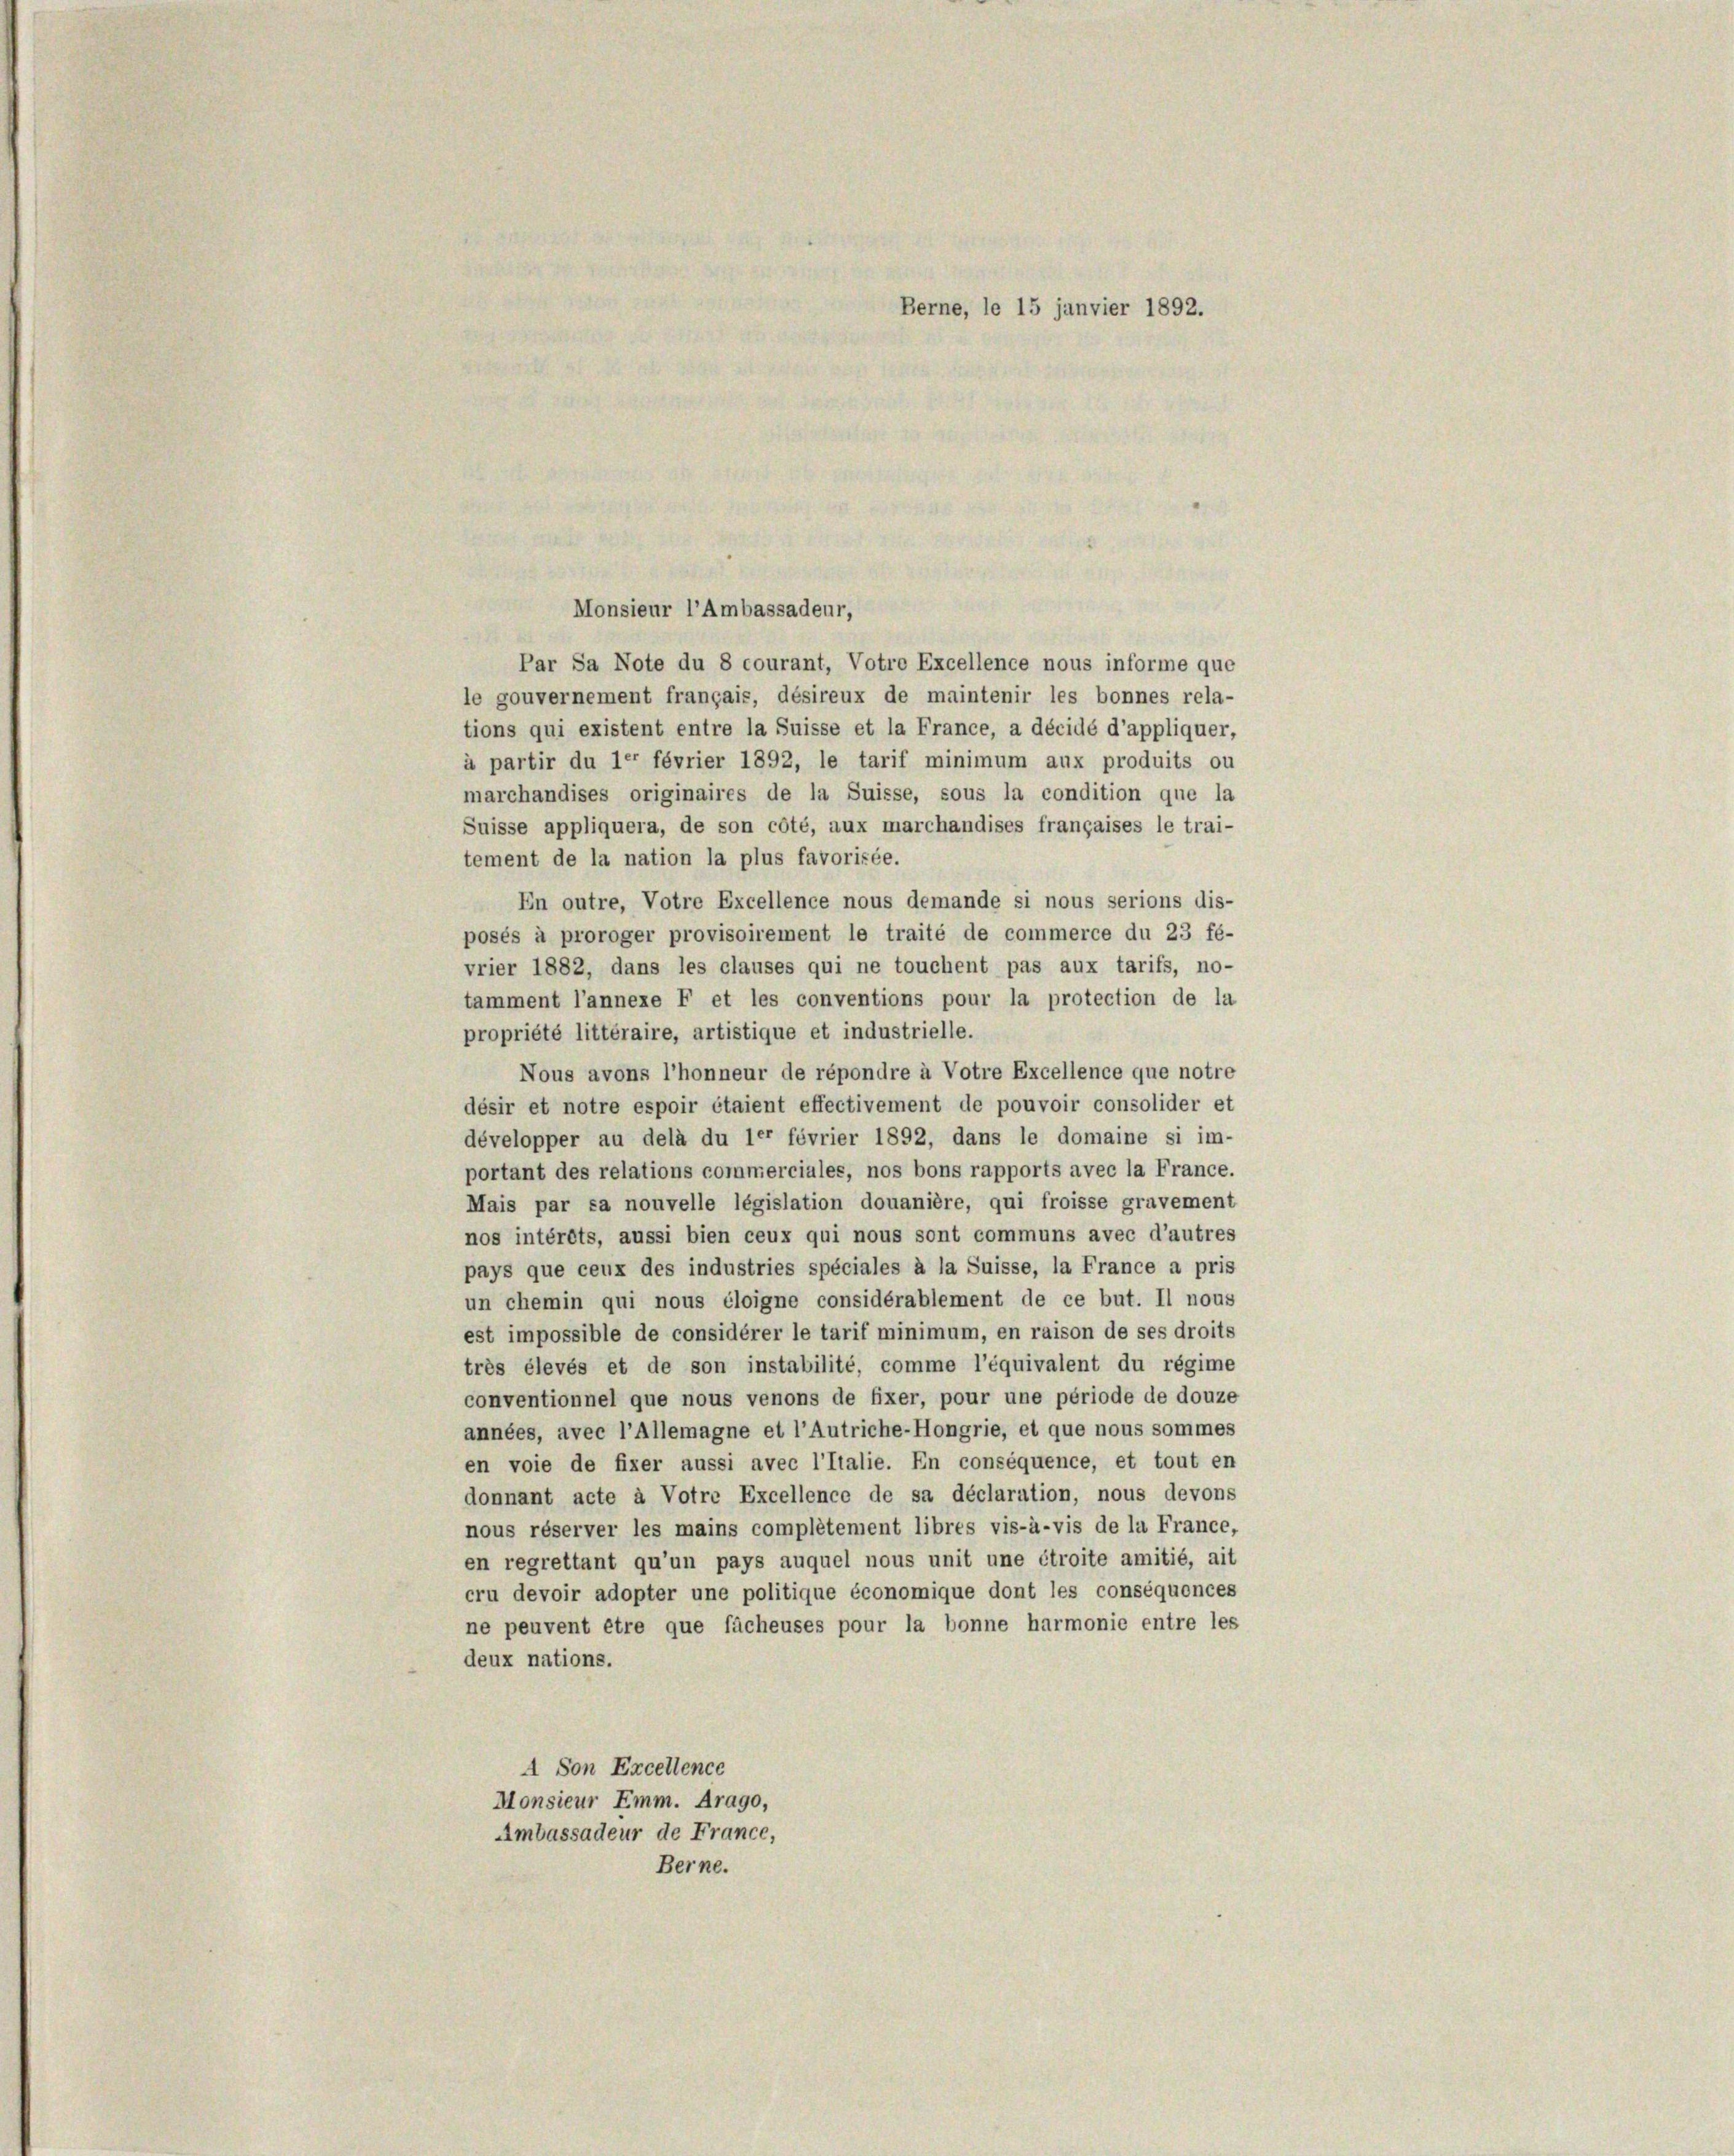
Par Sa Note du 8 courant, Votre Excellence nous informe que
le gouvernement français, désireux de maintenir les bonnes rela-
tions qui existent entre la Suisse et la France, a décidé d’appliquer,
à partir du 1e février 1892, le tarif minimum aux produits ou
marchandises originaires de la Suisse, sous la condition que la
Suisse appliquera, de son côté, aux marchandises françaises le trai-
En outre, Votre Excellence nous demande si nous serions dis-
posés à proroger provisoirement le traité de commerce du 23 fé-
vrier 1882, dans les clauses qui ne touchent pas aux tarifs, no-
tamment l’annexe F et les conventions pour la protection de la
propriété littéraire, artistique et industrielle.
Nous avons l’honneur de répondre à Votre Excellence que notre
désir et notre espoir étaient effectivement de pouvoir consolider et
développer au delà du ler fövrier 1892, dans le domaine si im-
portant des relations commerciales, nos bons rapports avec la France.
Mais par sa nouvelle législation douanière, qui froisse gravement
nos intérêts, aussi bien ceux qui nous sont communs avec d’autres
pays que ceux des industries spéciales à la Suisse, la France a pris
un chemin qui nous éloigne considérablement de ce but. Il nous
est impossible de considérer le tarif minimum, en raison de ses droits
très élevés et de son instabilité, comme l’équivalent du régime
conventionnel que nous venons de fixer, pour une période de douze
années, avec l’Allemagne et l’Autriche-Hongrie, et que nous sommes
en voie de fixer aussi avec l’Italie. En conséquence, et tout en
donnant acte à Votre Excellence de sa déclaration, nous devons
nous réserver les mains complétement libres vis-à-vis de la France,
en regrettant qu’un pays auquel nous unit une étroite amitié, ait
cru devoir adopter une politique économique dont les conséquonces
ne peuvent être que facheuses pour la bonne harmonie entre les
deux nations.
A Son Excellence
Monsieur Emm. Arago,
Ambassadeur de France,
Berne.

Monsieur l’Ambassadeur,

tement de la nation la plus favorisée.

Berne, le 15 janvier 1892.